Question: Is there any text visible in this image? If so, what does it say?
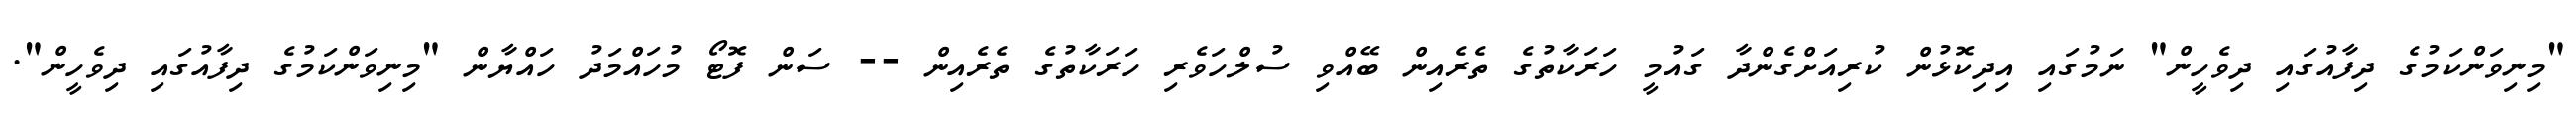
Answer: "މިނިވަންކަމުގެ ދިފާއުގައި ދިވެހީން" ނަމުގައި އިދިކޮޅުން ކުރިއަށްގެންދާ ގައުމީ ހަރަކާތުގެ ތެރެއިން ބޭއްވި ސުލްހަވެރި ހަރަކާތުގެ ތެރެއިން -- ސަން ފޮޓޯ މުހައްމަދު ހައްޔާން "މިނިވަންކަމުގެ ދިފާއުގައި ދިވެހީން".